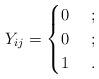
LaTeX: \begin{align*}Y_{ij} =\begin{cases}0 & \ ;\\0 & \ ;\\1 & \ .\end{cases}\end{align*}